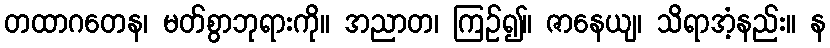
တထာဂတေန၊ မတ်စွာဘုရားကို။ အညာတ၊ ကြဉ်၍။ ဇာနေယျ၊ သိရာအံ့နည်း။ န